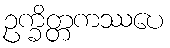
ဥက္ခိတ္တကဿပေ